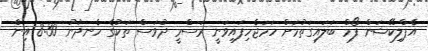
އެޕްލިކޭޝަން ފޯމް ބަލައިގަތުމަށް ހަމަޖެހިފައިވަނީ ރަސްމީ ދުވަސް ތަކުގެ ހެނދުނު 8:30 އިން